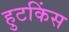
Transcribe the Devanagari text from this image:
हुटकिंस